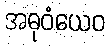
အဓုဝံယေဝ